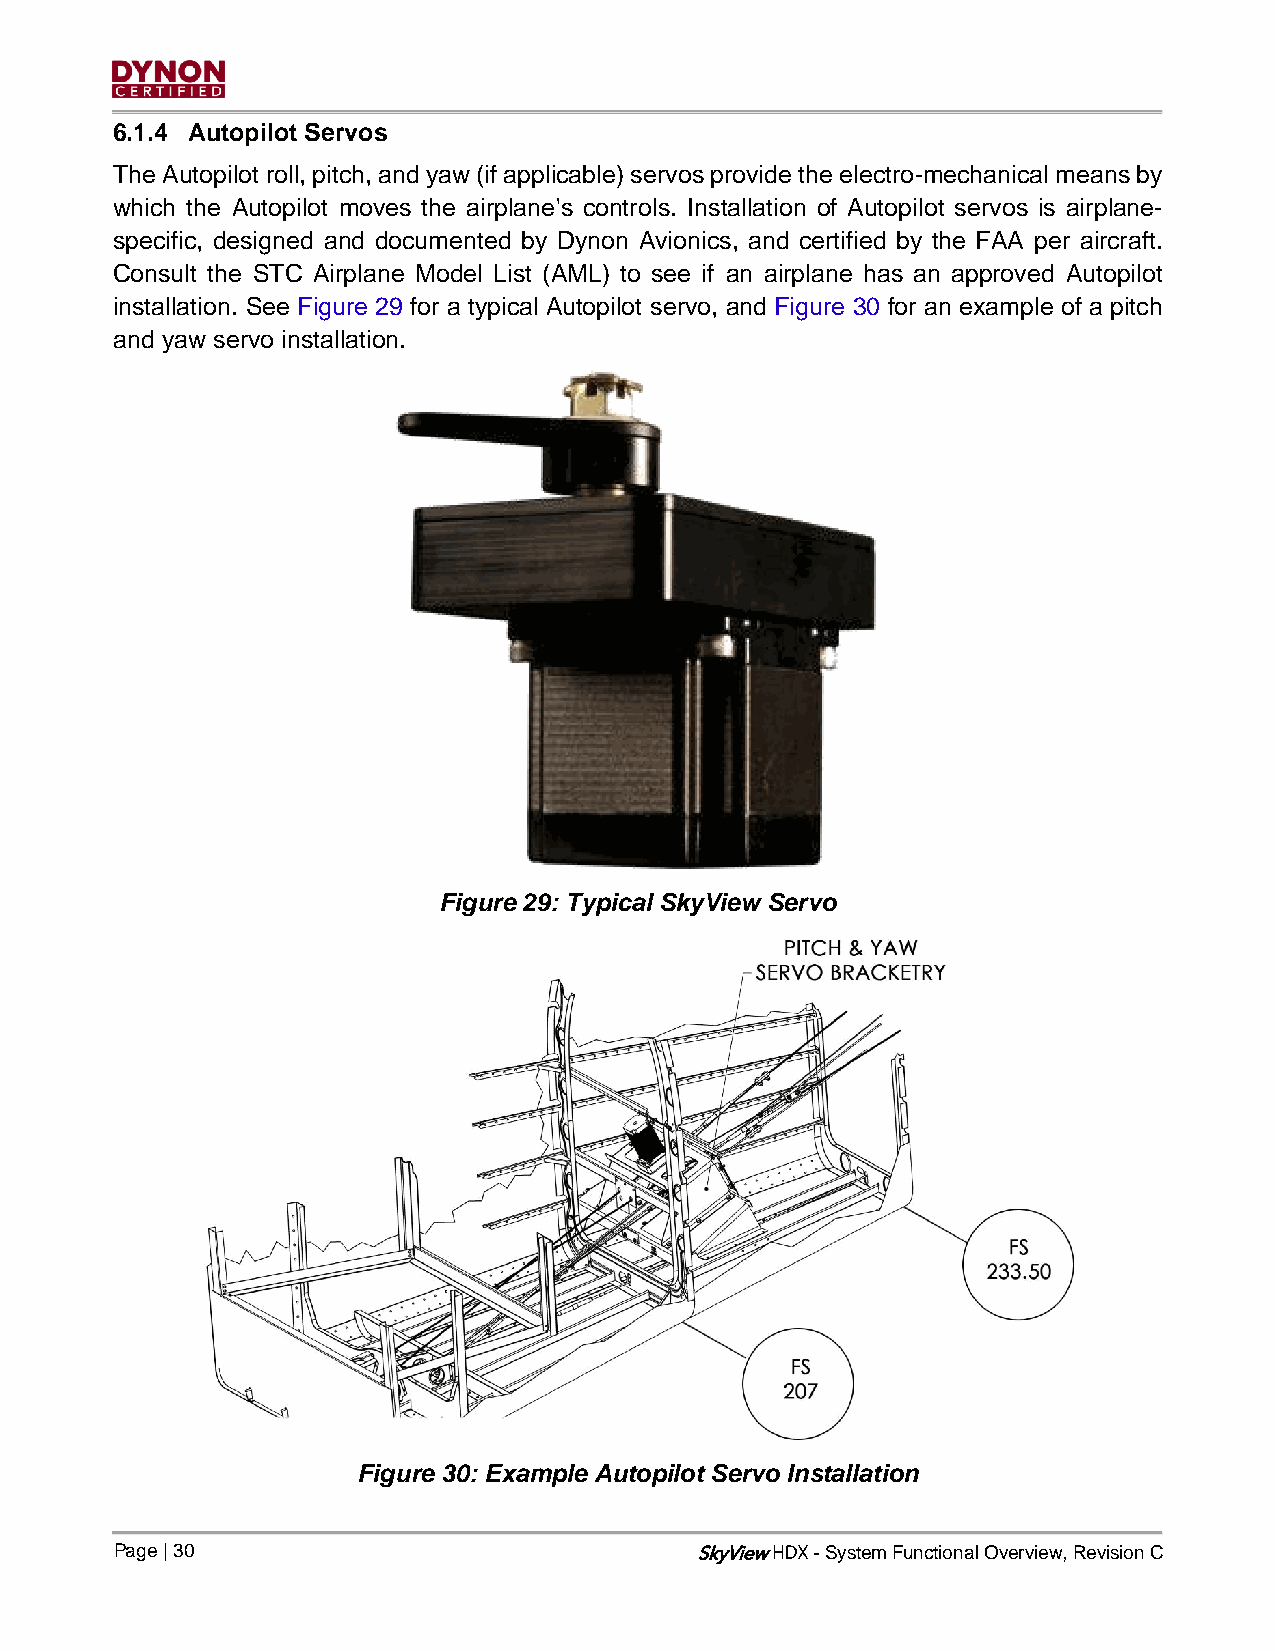
6.1.4 Autopilot Servos
 The Autopilot roll, pitch, and yaw (if applicable) servos provide the electro-mechanical means by
 which the Autopilot moves the airplane's controls. Installation of Autopilot servos is airplane-
 specific, designed and documented by Dynon Avionics, and certified by the FAA per aircraft.
 Consult the STC Airplane Model List (AML) to see if an airplane has an approved Autopilot
 installation. See Figure 29 for a typical Autopilot servo, and Figure 30 for an example of a pitch
 and yaw servo installation.
 Figure 29: Typical SkyView Servo
 Figure 30: Example Autopilot Servo Installation
 Page | 30                             SkyView - System Functional Overview, Revision C